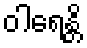
ဝါရေန္တိ